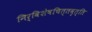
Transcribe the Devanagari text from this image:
निर्विशेषचित्तवृत्ति